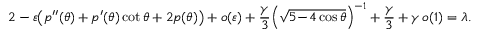
2 - \varepsilon \big ( p ^ { \prime \prime } ( \theta ) + p ^ { \prime } ( \theta ) \cot \theta + 2 p ( \theta ) \big ) + o ( \varepsilon ) + \frac \gamma 3 \Big ( \sqrt { 5 \! - \! 4 \cos \theta } \Big ) ^ { - 1 } + \frac \gamma 3 + \gamma \, o ( 1 ) = \lambda .